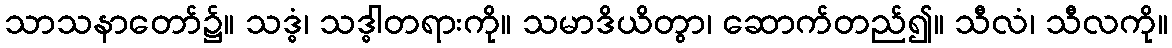
သာသနာတော်၌။ သဒ္ဓံ၊ သဒ္ဓါတရားကို။ သမာဒိယိတွာ၊ ဆောက်တည်၍။ သီလံ၊ သီလကို။